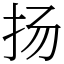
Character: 扬